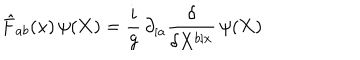
LaTeX: { \hat { F } } _ { a b } ( x ) \, \psi ( { \bf X } ) = \frac { i } { g } \, \partial _ { [ a } \frac { \delta } { \delta X ^ { b ] x } } \, \psi ( { \bf X } )